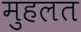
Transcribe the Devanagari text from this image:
मुहलत